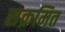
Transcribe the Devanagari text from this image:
सक्रमित